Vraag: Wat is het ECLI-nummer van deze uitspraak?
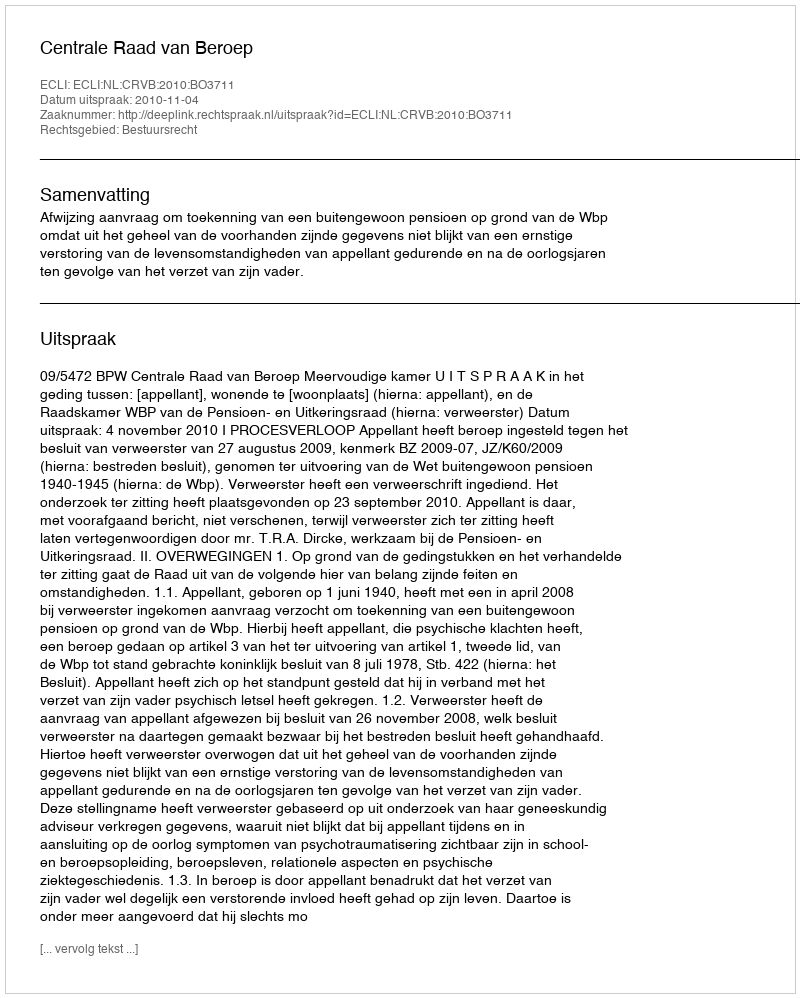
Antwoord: ECLI:NL:CRVB:2010:BO3711